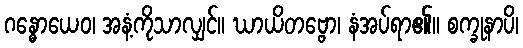
ဂန္ဓောယေဝ၊ အနံ့ကိုသာလျှင်။ ဃာယိတဗ္ဗော၊ နံအပ်ရာ၏။ စက္ခုနာပိ၊